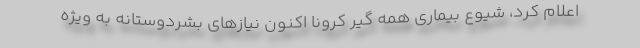
اعلام کرد، شیوع بیماری همه گیر کرونا اکنون نیازهای بشردوستانه به ویژه